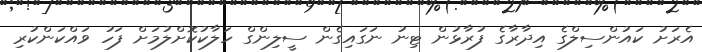
އެރަށު ކައުންސިލްގެ އިދާރާގެ ފުރާޅުން ޓިނު ނަގައިގެން ސީލިންގް ހަލާކުކޮށްލުމަށް ފަހު ވައްކަންކުރި